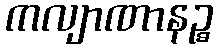
ကလျာဏာနဉ္စ